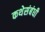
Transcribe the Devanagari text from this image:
कथेसंबंधी